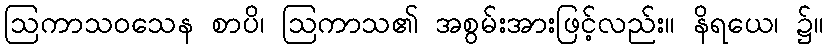
ဩကာသဝသေန စာပိ၊ ဩကာသ၏ အစွမ်းအားဖြင့်လည်း။ နိရယေ၊ ၌။